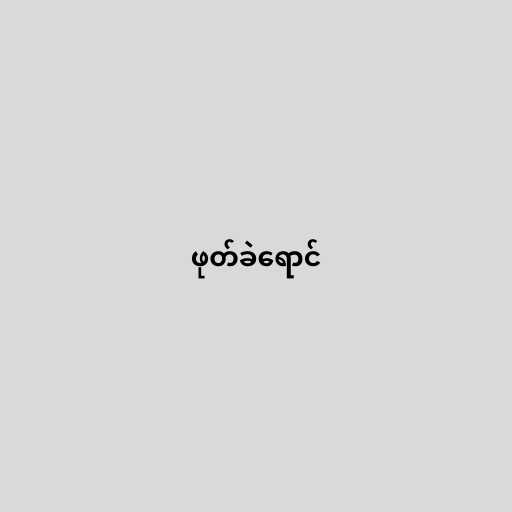
ဖုတ်ခဲရောင်